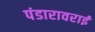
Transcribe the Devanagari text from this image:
पंडारावराई